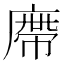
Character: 廗